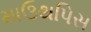
માઉથપિસ